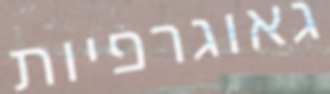
גאוגרפיות